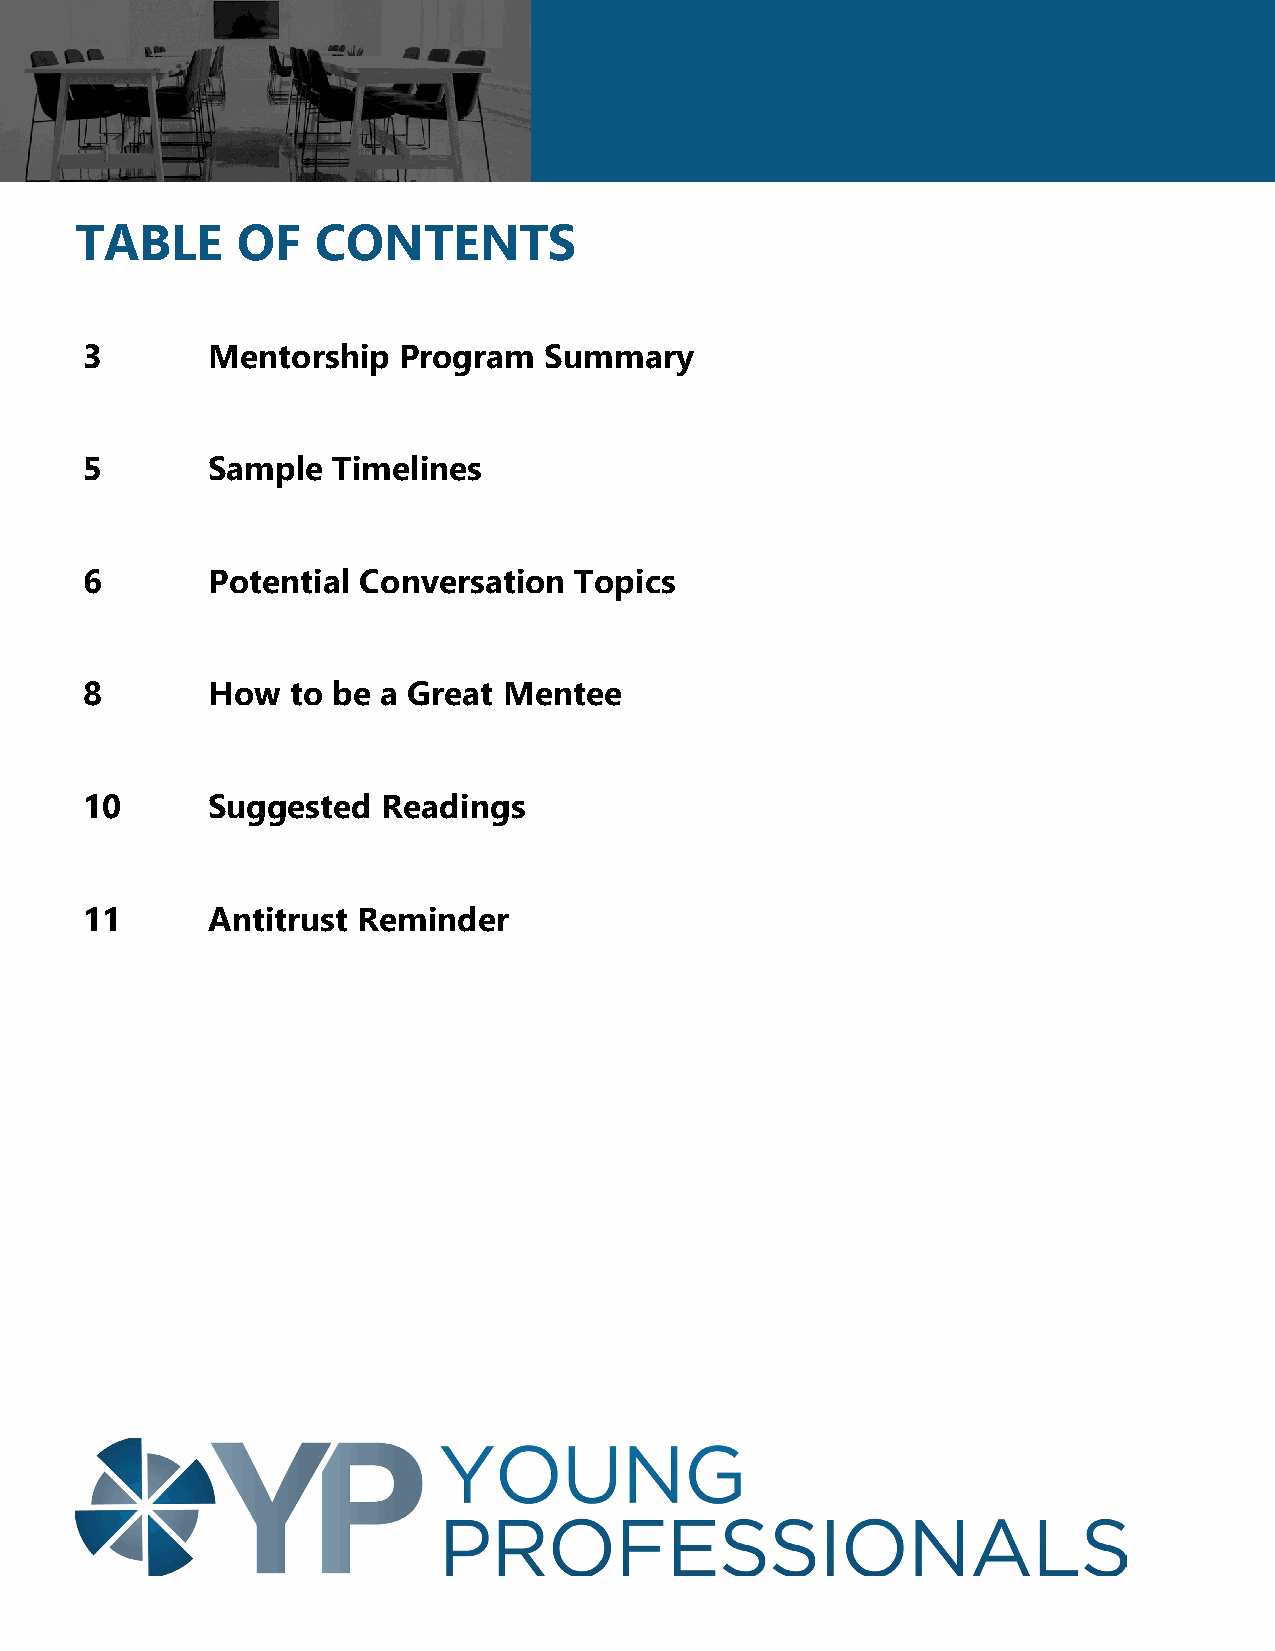
TABLE      OF   CONTENTS
 3       Mentorship  Program   Summary
 5       Sample  Timelines
 6       Potential Conversation  Topics
 8       How  to be a Great Mentee
 10      Suggested  Readings
 11      Antitrust Reminder